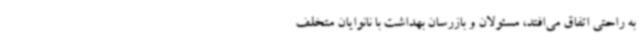
به راحتی اتفاق می‌افتد، مسئولان و بازرسان بهداشت با نانوایان متخلف